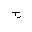
Letter: _ha